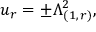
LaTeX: u _ { r } = \pm \Lambda _ { ( 1 , \, r ) } ^ { 2 } ,